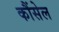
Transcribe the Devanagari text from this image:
कौंसेल